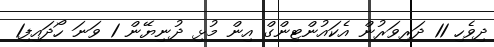
ދިވެހި 11 ދަރިވަރުން އެކައުންޓިންގް އިން މުޅި ދުނިޔޭން 1 ވަނަ ހޯދައިފި1